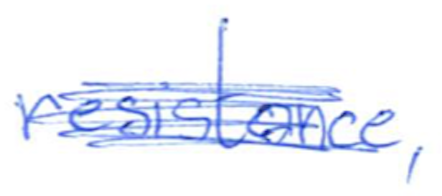
Text: resistance,
Cross-out: scratch
Writing tool: ballpoint